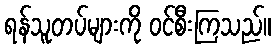
ရန်သူတပ်များကို ဝင်စီးကြသည်။